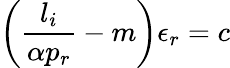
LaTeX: \left(\frac{l_{i}}{\alpha p_{r}}-m\right)\epsilon_{r}=c